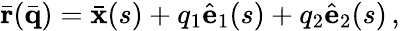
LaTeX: \bar{\mathbf r}(\bar{\mathbf q})=\bar{\mathbf x}(s)+q_{1}\hat{\mathbf e}_{1}(s)+q_{2}\hat{\mathbf e}_{2}(s)\, ,